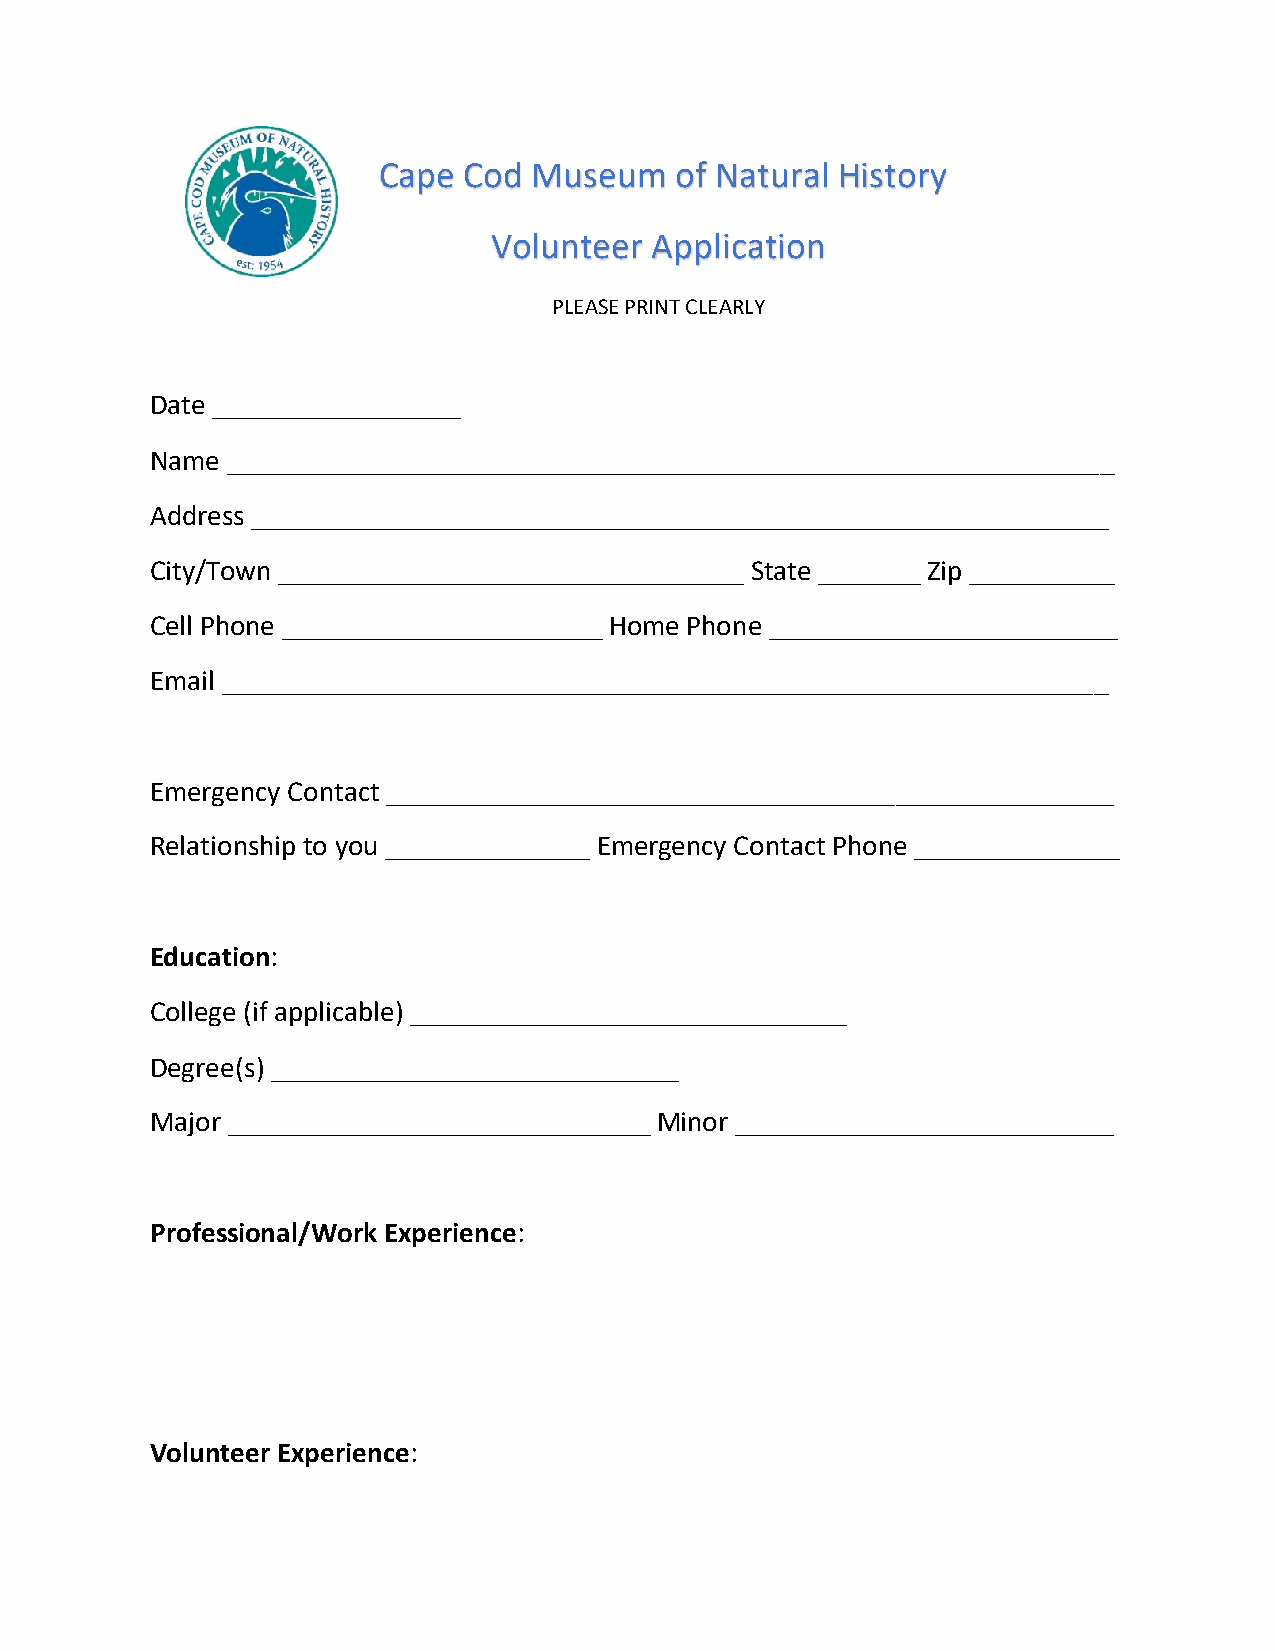
Cape  Cod Museum    of Natural History
 Volunteer Application
 PLEASE PRINT CLEARLY
 Date _________________
 Name _____________________________________________________________
 Address ___________________________________________________________
 City/Town ________________________________ State _______ Zip __________
 Cell Phone ______________________ Home Phone ________________________
 Email _____________________________________________________________
 Emergency Contact __________________________________________________
 Relationship to you ______________ Emergency Contact Phone ______________
 Education:
 College (if applicable) ______________________________
 Degree(s) ____________________________
 Major _____________________________ Minor __________________________
 Professional/Work Experience:
 Volunteer Experience: